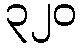
၃၂၀